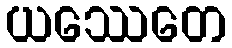
ယဿေတေ